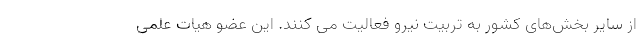
از سایر بخش‌های کشور به تربیت نیرو فعالیت می کنند. این عضو هیات علمی